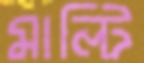
মাল্টি